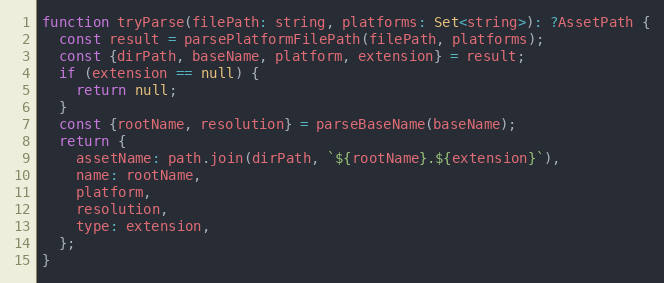
Language: JavaScript
function tryParse(filePath: string, platforms: Set<string>): ?AssetPath {
  const result = parsePlatformFilePath(filePath, platforms);
  const {dirPath, baseName, platform, extension} = result;
  if (extension == null) {
    return null;
  }
  const {rootName, resolution} = parseBaseName(baseName);
  return {
    assetName: path.join(dirPath, `${rootName}.${extension}`),
    name: rootName,
    platform,
    resolution,
    type: extension,
  };
}